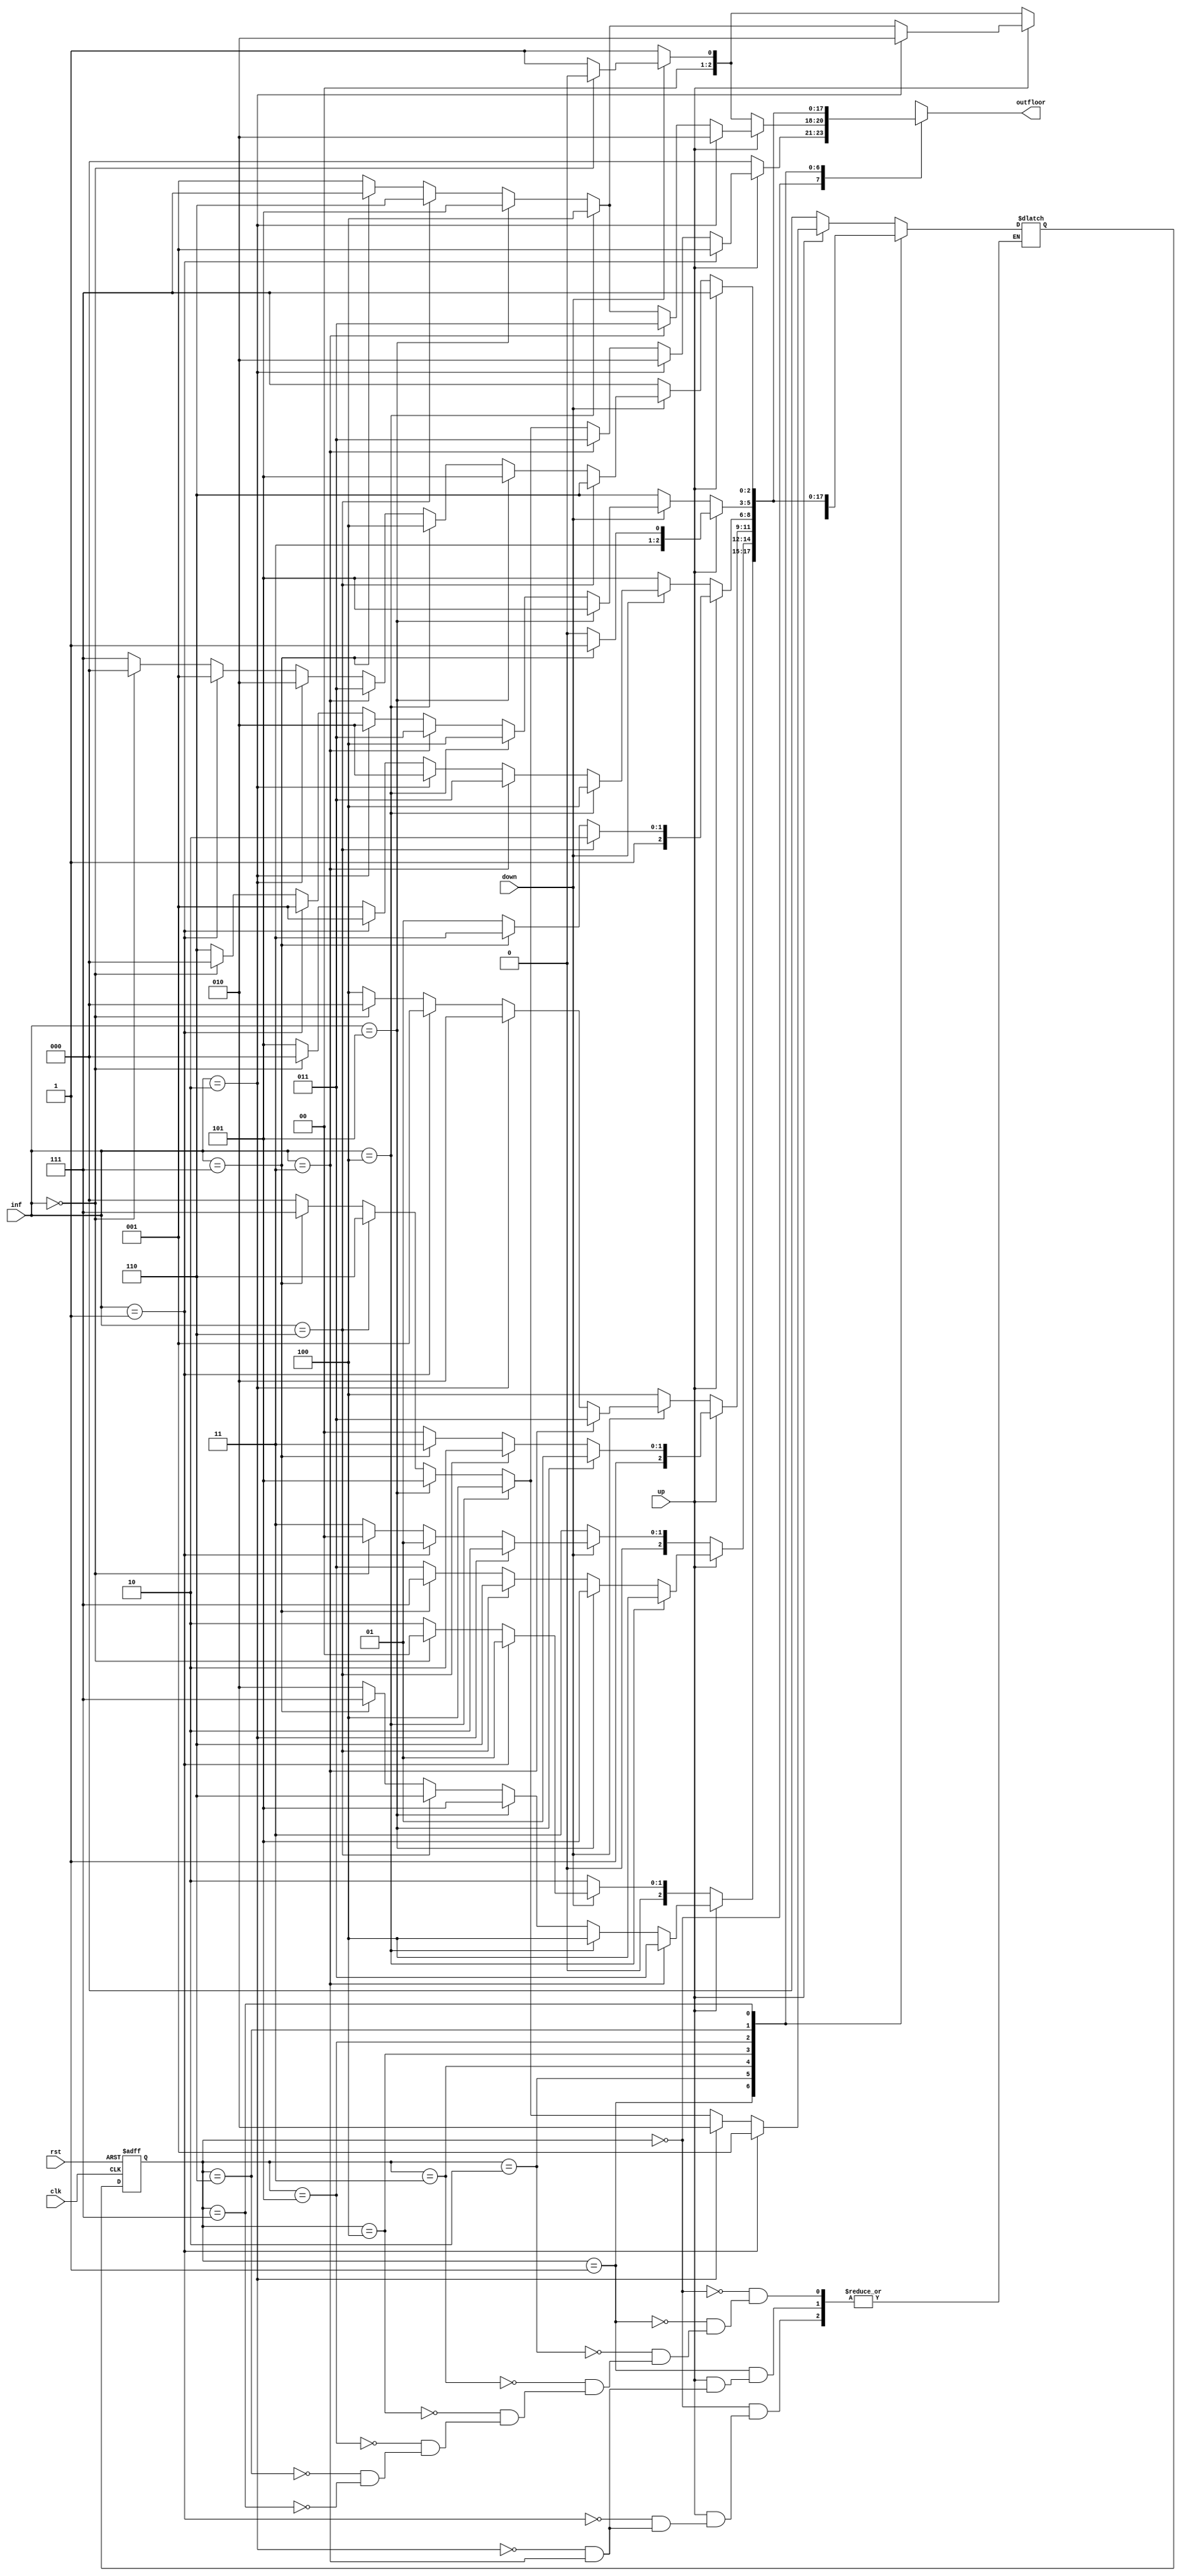
`timescale 1ns / 1ps
//////////////////////////////////////////////////////////////////////////////////
// Company: 
// Engineer: 
// 
// Design Name: 
// Module Name:    elevator_design 
// Project Name: 
// Target Devices: 
// Tool versions: 
// Description: by Engr Muhammad Ather Hussain
//
// Dependencies: 
//
// Revision: 
// Revision 0.01 - File Created
// Additional Comments: 
//
//////////////////////////////////////////////////////////////////////////////////
module elevator_design(clk,rst,up,down,inf,outfloor);

output reg[2:0] outfloor;
input clk,rst,up,down;
input [2:0] inf;
reg [2:0] curr_floor , nxt_floor ;

//ClkDivider CD(dividedCLK,clk,rst);

parameter F0 =3'b000; //Ground floor 
parameter F1 =3'b001; //1st floor 
parameter F2 =3'b010; //2nd floor 
parameter F3 =3'b011; //3rd floor
parameter F4 =3'b100; //4rth floor
parameter F5 =3'b101; //5th floor
parameter F6 =3'b110; //6th floor
parameter F7 =3'b111; //7th floor 


always@(posedge clk or negedge rst )
if(rst==0)

curr_floor<=F0;
else
curr_floor<=nxt_floor;


always @(curr_floor or up or down or inf)

case(curr_floor)
//for case ground floor
F0:
//for up
if(up)
begin

if(inf==1) 
begin
nxt_floor<=F1;
outfloor<=1;
end

else if(inf==2) 
begin
nxt_floor<=F2;
outfloor<=2;
end

else if(inf==3)
 begin
outfloor<=3;
end

else if(inf==4)
 begin
  nxt_floor<=F4;
  outfloor<=4;
end

else if(inf==5)
 begin
  nxt_floor<=F5;
  outfloor<=5;
end

else if(inf==6)
 begin
  nxt_floor<=F6;
  outfloor<=6;
end

else if(inf==7)
 begin
  nxt_floor<=F7;
  outfloor<=7;
end

else 
 begin
  nxt_floor<=F0;
  outfloor<=0;
end 
end
//for down
else if(down)
 begin
  nxt_floor<=F0;
  outfloor<=0;
end 
//for no input value of up or down
else 
 begin
  nxt_floor<=F0;
  outfloor<=0;
end
//for case floor 1
F1:
// for up
if(up)
begin

if(inf==2) 
begin
nxt_floor<=F2;
outfloor<=2;
end

 else if(inf==3)
 begin
outfloor<=3;
end

else if(inf==4)
 begin
  nxt_floor<=F4;
outfloor<=4;
end

else if(inf==5)
 begin
  nxt_floor<=F5;
 outfloor<=5;
end

else if(inf==6)
 begin
  nxt_floor<=F6;
 outfloor<=6;
end

else if(inf==7)
 begin
  nxt_floor<=F7;
  outfloor<=7;
end

else 
 begin
  nxt_floor<=F1;
   outfloor<=1;
end
end
//for down
else if(down)
begin

if(inf==0)
 begin
  nxt_floor<=F0;
  outfloor<=0;
end 

else
 begin
  nxt_floor<=F1;
   outfloor<=1;
end 
end
//for no input value of up or down
else 
 begin
  nxt_floor<=F1;
  outfloor<=1;
end
//for case floor 2
F2:
//for up
if(up)
begin

 if(inf==3)
 begin
  nxt_floor<=F3;
 outfloor<=3;
end

else if(inf==4)
 begin
  nxt_floor<=F4;
 outfloor<=4;
end

else if(inf==5)
 begin
  nxt_floor<=F5;
  outfloor<=5;
end

else if(inf==6)
 begin
  nxt_floor<=F6;
 outfloor<=6;
end

else if(inf==7)
 begin
  nxt_floor<=F7;
  outfloor<=7;
end

else 
 begin
  nxt_floor<=F2;
  outfloor<=2;
end
end
//for down
else if(down)
begin

if(inf==1)
begin
 nxt_floor<=F1;
 outfloor<=1;
end

else if(inf==0)
begin nxt_floor<=F0;
 outfloor<=0;
end

else 
 begin
  nxt_floor<=F2;
   outfloor<=2;
end
end
//for no input value of up or down
else 
 begin
  nxt_floor<=F2;
   outfloor<=2;
end
//for case floor 3
F3:
//for up
if(up)
begin

 if(inf==4)
 begin
  nxt_floor<=F4;
 outfloor<=4;
end

else if(inf==5)
 begin
  nxt_floor<=F5;
 outfloor<=5;
end

else if(inf==6)
 begin
  nxt_floor<=F6;
  outfloor<=6;
end

else if(inf==7)
 begin
  nxt_floor<=F7;
 outfloor<=7;
end

else 
 begin
  nxt_floor<=F3;
   outfloor<=3;
end
end
//for down 
else if(down)
begin

if(inf==2)
begin 
 nxt_floor<=F2;
 outfloor<=2;
end

else if(inf==1)
begin
nxt_floor<=F1;
 outfloor<=1;
end

else if(inf==0)
begin nxt_floor<=F0;
 outfloor<=0;
end

else 
 begin
  nxt_floor<=F3;
  outfloor<=3;
end
end
//for no input value of up or down
else 
 begin
  nxt_floor<=F3;
  outfloor<=3;
end
//for case floor 4
F4:
if(up)
begin

if(inf==5)
 begin
  nxt_floor<=F5;
  outfloor<=5;
end

else if(inf==6)
 begin
  nxt_floor<=F6;
 outfloor<=6;
end

else if(inf==7)
 begin
  nxt_floor<=F7;
 outfloor<=7;
end

else 
 begin
  nxt_floor<=F4;
   outfloor<=4;
end
end
//for down
else if(down)
begin

 if(inf==3)
begin
nxt_floor<=F3;
 outfloor<=3;
end

else if(inf==2)
begin
nxt_floor<=F2;
 outfloor<=2;
end

else if(inf==1)
begin
 nxt_floor<=F1;
 outfloor<=1;
end

else if(inf==0)
begin nxt_floor<=F0;
 outfloor<=0;
end

else 
 begin
  nxt_floor<=F4;
  outfloor<=4;
end
end 
//for no input value of up or down
else 
 begin
  nxt_floor<=F4;
 outfloor<=4;
end
//for case floor 5
F5:
//for up
if(up)
begin
if(inf==6)
 begin
  nxt_floor<=F6;
 outfloor<=6;
end

else if(inf==7)
 begin
  nxt_floor<=F7;
  outfloor<=7;
end

else 
 begin
  nxt_floor<=F5;
   outfloor<=5;
end
end

//for down
else if(down)
begin

if(inf==4)
begin
nxt_floor<=F4;
 outfloor<=4;
end

else if(inf==3)
begin
nxt_floor<=F3;
 outfloor<=3;
end

else if(inf==2)
begin
nxt_floor<=F2;
 outfloor<=2;
end

else if(inf==1)
begin
nxt_floor<=F1;
 outfloor<=1;
end

else if(inf==0)
begin nxt_floor<=F0;
 outfloor<=0;
end

else 
 begin
  nxt_floor<=F5;
 outfloor<=5;
end
end 
//for no input value of up or down
else 
 begin
  nxt_floor<=F5;
   outfloor<=5;
end

//for case floor 6
F6:
if(up)
begin

 if(inf==7)
 begin
  nxt_floor<=F7;
  outfloor<=7;
end

else 
 begin
  nxt_floor<=F6;
   outfloor<=6;
end
end
//for down
else if(down)
begin

if(inf==5)
begin
nxt_floor<=F5;
 outfloor<=5;
end

else if(inf==4)
begin
nxt_floor<=F4;
 outfloor<=4;
end

else if(inf==3)
begin
nxt_floor<=F3;
 outfloor<=3;
end

else if(inf==2)
begin
nxt_floor<=F2;
 outfloor<=2;
end

else if(inf==1)
begin
nxt_floor<=F1;
 outfloor<=1;
end

else if(inf==0)
begin nxt_floor<=F0;
 outfloor<=0;
end

else 
 begin
  nxt_floor<=F6;
   outfloor<=6;
end
end 
//for no input value of up or down
else 
 begin
  nxt_floor<=F6;
   outfloor<=6;
end
//for case floor 7
F7:
//for up
if(up)

 begin
  nxt_floor<=F7;
   outfloor<=7;
end

//for down
else if(down)
begin

if(inf==6)
begin
nxt_floor<=F6;
 outfloor<=6;
end

else if(inf==5)
begin
nxt_floor<=F5;
 outfloor<=5;
end

else if(inf==4)
begin
nxt_floor<=F4;
 outfloor<=4;
end

else if(inf==3)
begin
nxt_floor<=F3;
 outfloor<=3;
end

else if(inf==2)
begin
nxt_floor<=F2;
 outfloor<=2;
end

else if(inf==1)
begin
nxt_floor<=F1;
 outfloor<=1;
end

else if(inf==0)
begin nxt_floor<=F0;
 outfloor<=0;
end

else 
 begin
  nxt_floor<=F7;
   outfloor<=7;
end
end 
//for no input value of up or down
else 
 begin
  nxt_floor<=F7;
  outfloor<=7;
end

endcase
endmodule